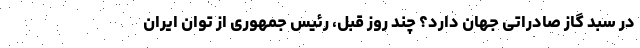
در سبد گاز صادراتی جهان دارد؟ چند روز قبل، رئیس جمهوری از توان ایران